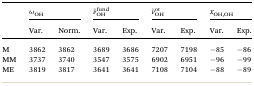
<table><thead><tr><td rowspan="2"></td><td colspan="2"><b><i>ω</i><sub>OH</sub></b></td><td colspan="2"><b><i>ν̃</i> fund OH </b></td><td colspan="2"><b><i>ν̃</i> ot OH </b></td><td colspan="2"><b><i>x</i><sub>OH,OH</sub></b></td></tr><tr><td><b>Var.</b></td><td><b>Norm.</b></td><td><b>Var.</b></td><td><b>Exp.</b></td><td><b>Var.</b></td><td><b>Exp.</b></td><td><b>Var.</b></td><td><b>Exp.</b></td></tr></thead><tbody><tr><td>M</td><td>3862</td><td>3862</td><td>3689</td><td>3686</td><td>7207</td><td>7198</td><td>–85</td><td>–86</td></tr><tr><td>MM</td><td>3737</td><td>3740</td><td>3547</td><td>3575</td><td>6902</td><td>6951</td><td>–96</td><td>–99</td></tr><tr><td>ME</td><td>3819</td><td>3817</td><td>3641</td><td>3641</td><td>7108</td><td>7104</td><td>–88</td><td>–89</td></tr></tbody></table>